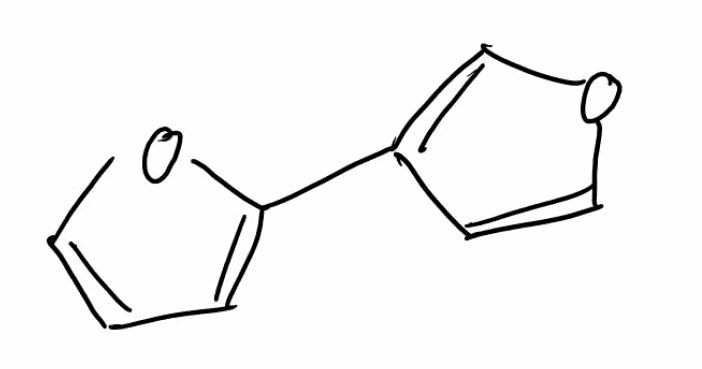
Simplified molecular-input line-entry system (SMILES) notation of the given molecule:
C1=COC(=C1)C2=COC=C2